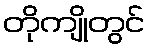
တိုကျိုတွင်